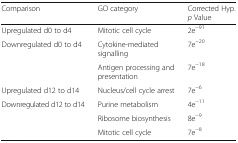
<table><thead><tr><td><b>Comparison</b></td><td><b>GO category</b></td><td><b>Corrected Hyp. <i>p</i> Value</b></td></tr></thead><tbody><tr><td>Upregulated d0 to d4</td><td>Mitotic cell cycle</td><td>2e<sup>−91</sup></td></tr><tr><td rowspan="2">Downregulated d0 to d4</td><td>Cytokine-mediated signalling</td><td>7e<sup>−20</sup></td></tr><tr><td>Antigen processing and presentation</td><td>7e<sup>−18</sup></td></tr><tr><td>Upregulated d12 to d14</td><td>Nucleus/cell cycle arrest</td><td>7e<sup>−6</sup></td></tr><tr><td rowspan="3">Downregulated d12 to d14</td><td>Purine metabolism</td><td>4e<sup>−11</sup></td></tr><tr><td>Ribosome biosynthesis</td><td>8e<sup>−9</sup></td></tr><tr><td>Mitotic cell cycle</td><td>7e<sup>−8</sup></td></tr></tbody></table>